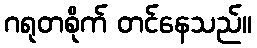
ဂရုတစိုက် တင်နေသည်။